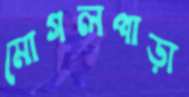
মোগলপাড়া